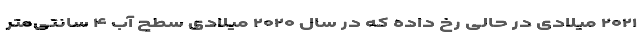
۲۰۲۱ میلادی در حالی رخ داده که در سال ۲۰۲۰ میلادی سطح آب ۴ سانتی‌متر